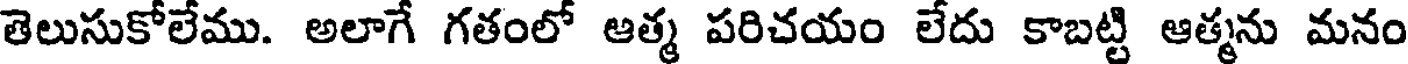
తెలుసుకోలేము. అలాగే గతంలో ఆత్మ పరిచయం లేదు కాబట్టి ఆత్మను మనం